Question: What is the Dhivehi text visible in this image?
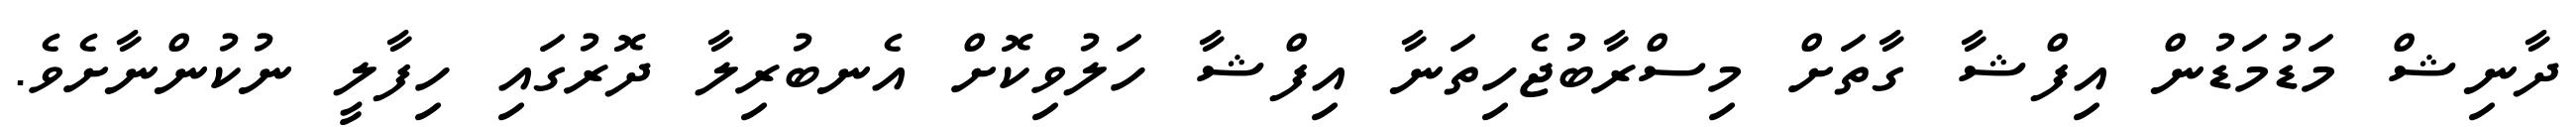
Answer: ދާނިޝް މަޑުމަޑުން އިފްޝާ ގާތަށް މިސްރާބުޖެހިތަނާ އިފްޝާ ހަލުވިކޮށް އެނބުރިލާ ދޮރުގައި ހިފާލީ ނުކުންނާށެވެ.